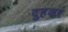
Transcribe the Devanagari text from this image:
दुहकर